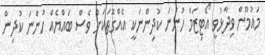
މައުމޫން ވިދާޅުވީ އޯޓިޒަމް ހުންނަ ކުދިންނަކީ އެއްގޮތަކަށް ވެސް ބައްޔެއް ހުންނަ ކުދިން